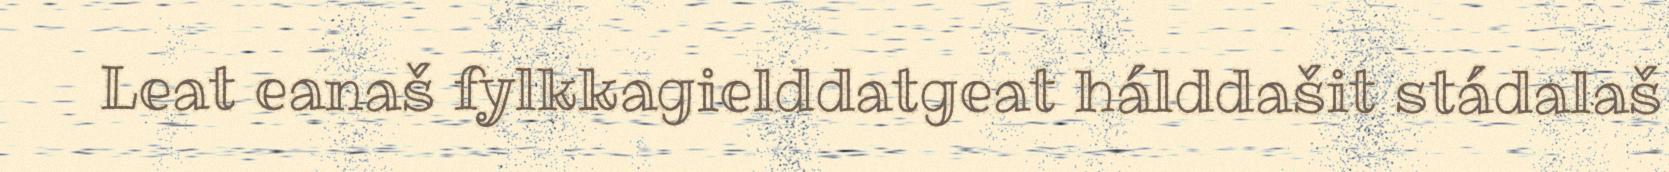
Leat eanaš fylkkagielddatgeat hálddašit stádalaš